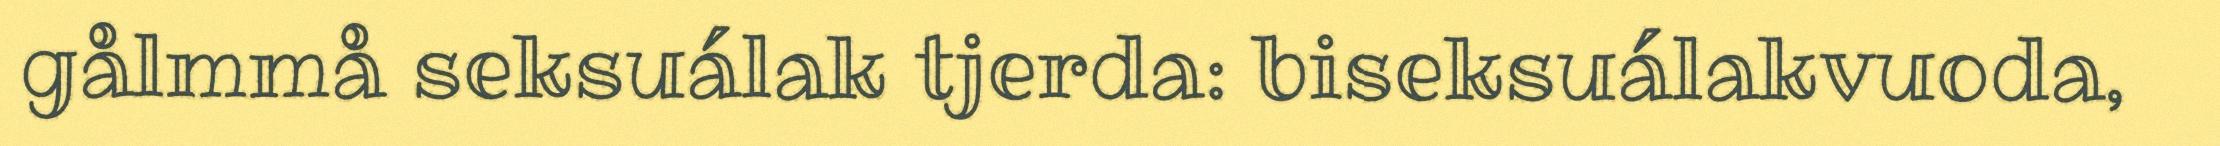
gålmmå seksuálak tjerda: biseksuálakvuoda,